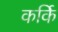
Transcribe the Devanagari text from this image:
कर्कि